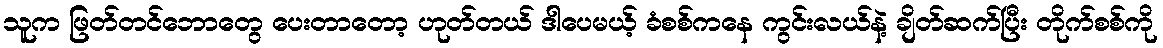
သူက ဖြတ်တင်ဘောတွေ ပေးတာတော့ ဟုတ်တယ် ဒါပေမယ့် ခံစစ်ကနေ ကွင်းလယ်နဲ့ ချိတ်ဆက်ပြီး တိုက်စစ်ကို